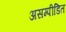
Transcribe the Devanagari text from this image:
असम्पीडित